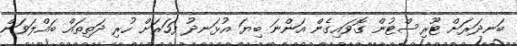
ބަނދަރަށް ޓޫރިސްޓުން ގޮވައިގެން އަންނަ ބިޔަ އުޅަނދު ފަހަރަށް ހުރި ދަތިތައް ބައްލަވަން